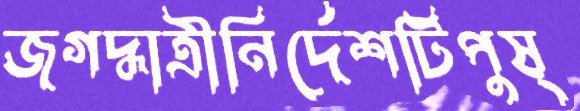
জগদ্ধাত্রীনির্দেশটিপুষ্